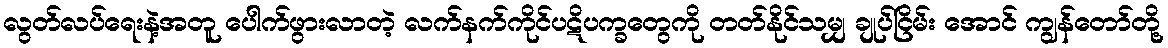
လွတ်လပ်ရေးနဲ့အတူ ပေါက်ဖွားလာတဲ့ လက်နက်ကိုင်ပဋိပက္ခတွေကို တတ်နိုင်သမျှ ချုပ်ငြိမ်း အောင် ကျွန်တော်တို့